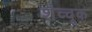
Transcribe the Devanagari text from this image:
शेव्चूक